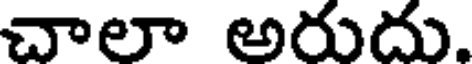
చాలా అరుదు.